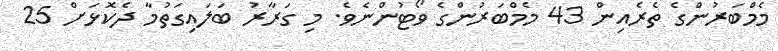
މެމްބަރުންގެ ތެރެއިން 43 މެމްބަރުންގެ ވޯޓުންނެވެ. މި ގަރާރު ބަލައިގަތުމާ ދެކޮޅަށް 25